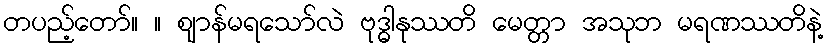
တပည့်တော်။ ။ ဈာန်မရသော်လဲ ဗုဒ္ဓါနုဿတိ မေတ္တာ အသုဘ မရဏဿတိနဲ့